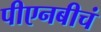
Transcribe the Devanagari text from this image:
पीएनबीचं